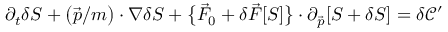
\partial _ { t } \delta S + \big ( \vec { p } / m \big ) \cdot \nabla \delta S + \big \{ \vec { F } _ { 0 } + \delta \vec { F } [ S ] \big \} \cdot \partial _ { \vec { p } } [ S + \delta S ] = \delta \mathcal { C } ^ { \prime }